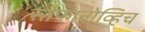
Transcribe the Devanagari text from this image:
स्तेफानोव्हिच